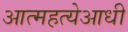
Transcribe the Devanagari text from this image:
आत्महत्येआधी